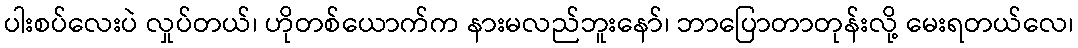
ပါးစပ်လေးပဲ လှုပ်တယ်၊ ဟိုတစ်ယောက်က နားမလည်ဘူးနော်၊ ဘာပြောတာတုန်းလို့ မေးရတယ်လေ၊